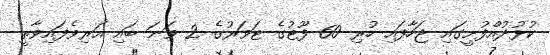
ކުޅުދުއްފުށީގައި ޖަހާފައި ހުރި 60 ފޫޓުގެ ޓަވަރުގެ 2 ވަނަ ބައި އަރިވެފައިވާތީ